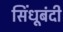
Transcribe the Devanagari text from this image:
सिंधूबंदी